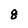
Character: 8